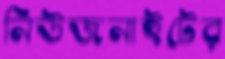
নিউজনাইটের